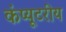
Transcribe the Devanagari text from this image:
कंप्यूटरीय